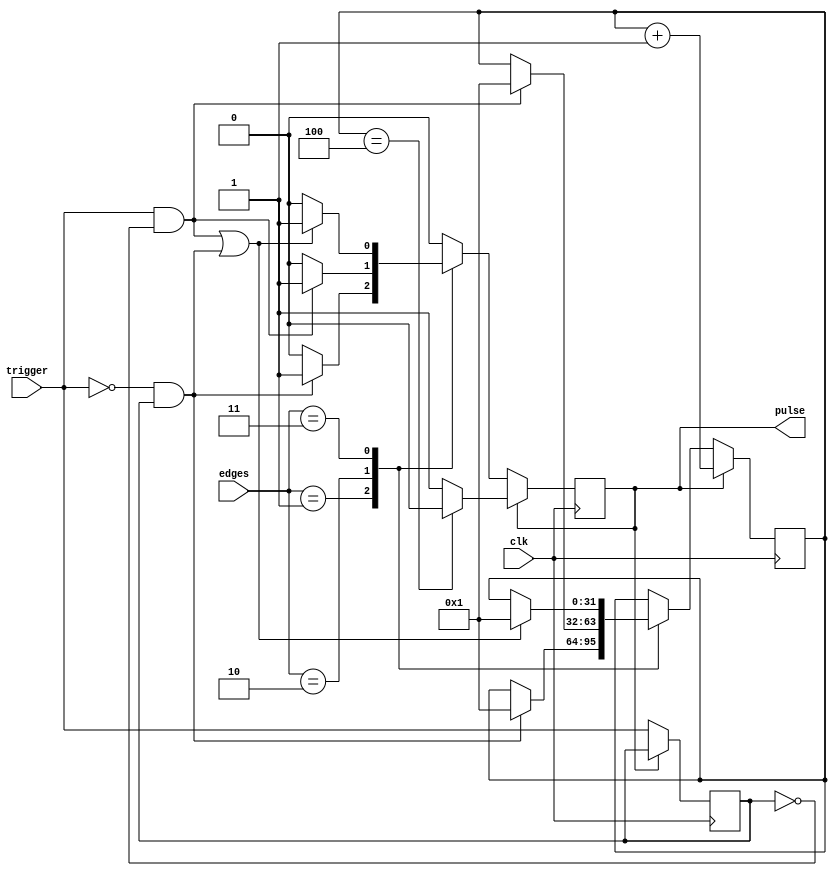
////////////////////////////////////////////////////////////////////////////////
//
//  one_shot
//  ========
//  An edge-triggered one-shot.
// 
//  USAGE:
//  ------
//  clk is the system clock. The PULSE_DURATION parameter specifies how many
//  clk cycles wide the output pulse is. Trigger is the signal with the edges
//  that we want to detect. edges specifies which edges the one-shot fires on.
//
//  PARAMETER(s):
//  -------------
//      PULSE_DURATION  : number of clk pulses per pulse out
//
//  OUTPUT(s)           : BITS  : DESCRIPTION
//  -----------------------------------------
//      pulse           : 1     : The output one-shot pulse
//
//  INPUT(s):           : BITS  : DESCRIPTION
//  -----------------------------------------
//      clk             : 1     : clock for the system
//      trigger         : 1     : signal to respond to
//      edges           : 2     : 00 for no output, 01 for falling edge, 
//                                10 for leading edge, 11 for both edges
////////////////////////////////////////////////////////////////////////////////
module one_shot(pulse, clk, trigger, edges);

parameter PULSE_DURATION = 4;

output reg pulse;
input clk;
input trigger;
input [1:0] edges;

reg pulse_reg = 'b0;
reg last_trigger_reg = 'b0;
reg [31:0] pulse_width_counter = 'b0;

always @(posedge clk) begin
    if(pulse) begin
        // if pulse is ON, only focus on timing the width
        if(pulse_width_counter == PULSE_DURATION) begin
            pulse <= 'b0; // reset and continue
        end
        pulse_width_counter <= pulse_width_counter + 1;
    end else begin
        case(edges)
            'b00: begin
                // NO OUTPUT
                pulse <= 'b0;
            end
            'b01: begin
                // sensitive to falling edge only
                if(!trigger && last_trigger_reg) begin
                    pulse_width_counter <= 32'b1; // on next clk, we'll see 1
                    pulse <= 'b1; // pulse on
                end
            end
            'b10: begin
                // sensitive to rising edge only
                if(trigger && !last_trigger_reg) begin
                    pulse_width_counter <= 32'b1; // on next clk, we'll see 1
                    pulse <= 'b1; // pulse on
                end
            end
            'b11: begin
                // sensitive to both edges
                if ((trigger && !last_trigger_reg) || (!trigger && last_trigger_reg)) begin
                    pulse_width_counter <= 32'b1; // on next clk, we'll see 1
                    pulse <= 'b1; // pulse on
                end
            end
        endcase
        
        last_trigger_reg <= trigger;
    end
    
    
end

endmodule